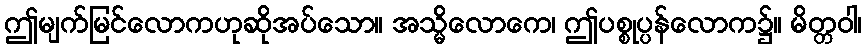
ဤမျက်မြင်လောကဟုဆိုအပ်သော။ အသ္မိလောကေ၊ ဤပစ္စုပ္ပန်လောက၌။ မိတ္တဝါ၊